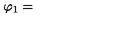
\varphi _ { 1 } =